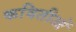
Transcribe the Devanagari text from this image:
कवितीओं